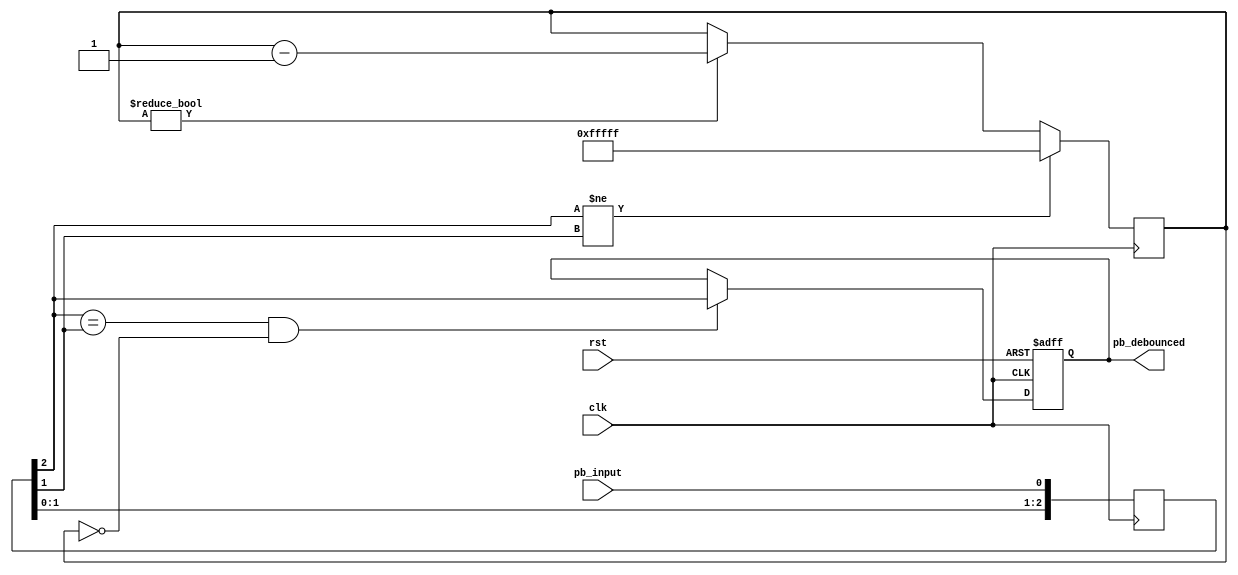
// -------------------------------------------------------------------------
//  Button debouncer
//
// -------------------------------------------------------------------------
// AUTHOR
//  lap - luis.plana@manchester.ac.uk
//  Based on work by J Pepper (Date 08/08/2012)
//
// -------------------------------------------------------------------------
// Adapted from:
// https://solem.cs.man.ac.uk/svn/spinn_aer2_if/user_int.v
// Revision 2615 (Last-modified date: 2013-10-02 11:39:58 +0100)
//
// -------------------------------------------------------------------------
// COPYRIGHT
//  Copyright (c) The University of Manchester, 2012-2017.
//  SpiNNaker Project
//  Advanced Processor Technologies Group
//  School of Computer Science
// -------------------------------------------------------------------------
// TODO
// -------------------------------------------------------------------------


//+++++++++++++++++++++++++++++++++++++++++++++++++++++++++++++++
`timescale 1ns / 1ps
module raggedstone_spinn_aer_if_debouncer
#(
  // debouncer constant (can be adjusted for simulation!)
  parameter DBNCER_CONST = 20'hfffff,
  parameter RESET_VALUE  = 1'b1
)
(
  input  wire                   rst,
  input  wire                   clk,

  // button signals
  input  wire                   pb_input,
  output reg                    pb_debounced
);
  // ---------------------------------------------------------
  // internal signals
  // ---------------------------------------------------------
  reg [19:0] pb_debounce_cnt;
  reg  [2:0] pb_bounce;
  reg        pb_sel_debounced;

  // ---------------------------------------------------------
  // generate stable output signal after suitable delay
  // ---------------------------------------------------------
  // for simulation purposes only!
  initial
    begin
      pb_debounced = RESET_VALUE;
      pb_debounce_cnt = DBNCER_CONST;
    end

  always @(posedge clk or posedge rst)
    if (rst)
      pb_debounced <= RESET_VALUE;
    else
      if ((pb_bounce[2] == pb_bounce[1]) && (pb_debounce_cnt == 0))
        pb_debounced <= pb_bounce[2];

  always @(posedge clk)
    begin
      pb_bounce[0] <= pb_input;  
      pb_bounce[1] <= pb_bounce[0];
      pb_bounce[2] <= pb_bounce[1];
    end

  always @(posedge clk)
    if (pb_bounce[2] != pb_bounce[1]) 
      pb_debounce_cnt <= DBNCER_CONST;
    else
      if (pb_debounce_cnt != 0)
        pb_debounce_cnt <= pb_debounce_cnt - 1;
endmodule
//+++++++++++++++++++++++++++++++++++++++++++++++++++++++++++++++